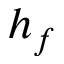
h _ { f }